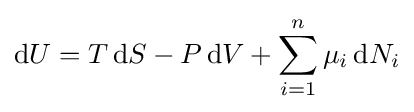
\mathrm {d} U=T\,\mathrm {d} S-P\,\mathrm {d} V+\sum _{i=1}^{n}\mu _{i}\,\mathrm {d} N_{i}